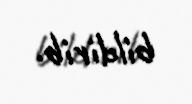
bildirib.